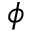
\phi